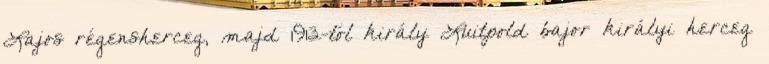
Lajos régensherceg, majd 1913-tól király Luitpold bajor királyi herceg